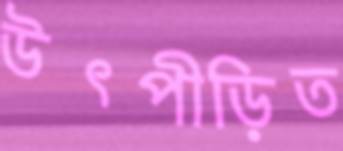
উৎপীড়িত